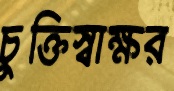
চুক্তিস্বাক্ষর